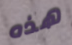
هذه